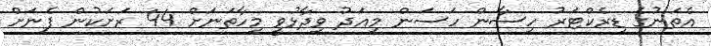
އެތަނުގެ ޑިރެކްޓަރު ހިސާން ހަސަން މިއަދު ވިދާޅުވީ މިހާތަނަށް 44 ރަށަކުން ފެނަށް